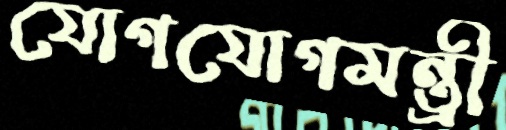
যোগযোগমন্ত্রী